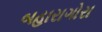
બહારાગોરા